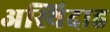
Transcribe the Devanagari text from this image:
अस्थिदाह